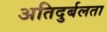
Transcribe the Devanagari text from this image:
अतिदुर्बलता